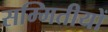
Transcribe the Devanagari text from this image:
सम्मितीयों